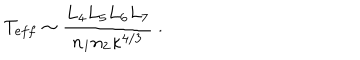
T _ { e f f } \sim { \frac { L _ { 4 } L _ { 5 } L _ { 6 } L _ { 7 } } { n _ { 1 } n _ { 2 } \kappa ^ { 4 / 3 } } } \ .